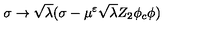
\sigma \rightarrow \sqrt { \lambda } ( \sigma - \mu ^ { \varepsilon } \sqrt { \lambda } Z _ { 2 } \phi _ { c } \phi )